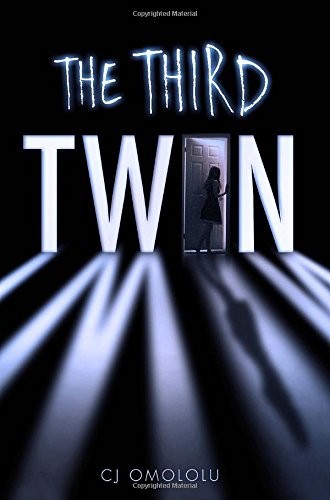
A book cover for The Third Twin; CJ Omololu; Teen & Young Adult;